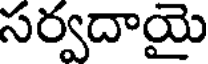
సర్వదాయై